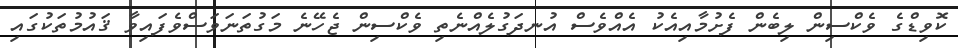
ކޮވިޑްގެ ވެކްސިން ލިބެން ފެށުމާއިއެކު އެއްވެސް އުނދަގުލެއްނެތި ވެކްސިން ޖެހޭނެ މަގުތަނަވަސްވެފައިވާ ޤައުމުތަކުގައި